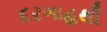
દરગાહથી